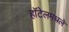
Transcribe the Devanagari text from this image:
हॉटेलमधले